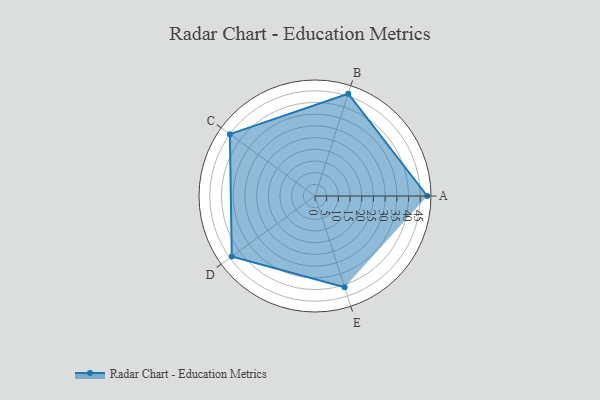
{"axis": {"x": "Skill", "y": "Score"}, "legend": ["Profile"], "data": [{"x": "A", "y": 48.0, "type": "Profile"}, {"x": "B", "y": 46.0, "type": "Profile"}, {"x": "C", "y": 45.0, "type": "Profile"}, {"x": "D", "y": 44.0, "type": "Profile"}, {"x": "E", "y": 41.0, "type": "Profile"}]}